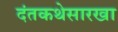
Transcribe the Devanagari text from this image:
दंतकथेसारखा